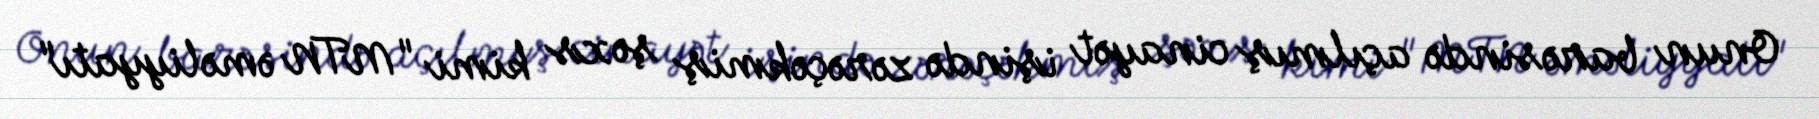
Onun barəsində açılmış cinayət işində zərəçəkmiş şəxs kimi "MTN əməliyyatı"